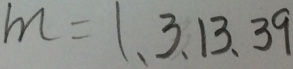
m = 1 、 3 、 1 3 、 3 9